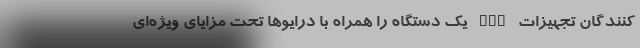
‌کنندگان تجهیزات NAS یک دستگاه را همراه با درایوها تحت مزایای ویژه‌ای